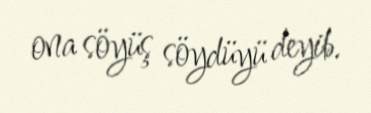
ona söyüş söydüyü deyib.